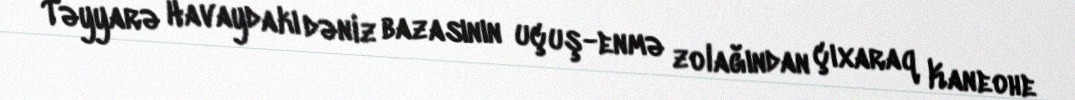
Təyyarə Havaydakı dəniz bazasının uçuş-enmə zolağından çıxaraq Kaneohe